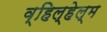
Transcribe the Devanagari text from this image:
व्हिल्हेल्म